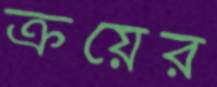
ক্রয়ের